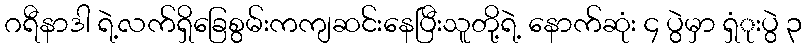
ဂရီနာဒါ ရဲ့လက်ရှိခြေစွမ်းကကျဆင်းနေပြီးသူတို့ရဲ့ နောက်ဆုံး ၄ ပွဲမှာ ရှံုးပွဲ ၃